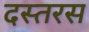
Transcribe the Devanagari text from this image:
दस्तरस